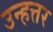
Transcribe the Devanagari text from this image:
उन्हत्तर